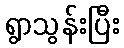
ရွာသွန်းပြီး